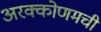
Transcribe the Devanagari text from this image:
अरक्कोणमची